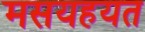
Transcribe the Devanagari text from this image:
मसयहयत